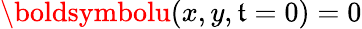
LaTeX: \boldsymbolu(x,y,\mathfrak{t}=0)=0